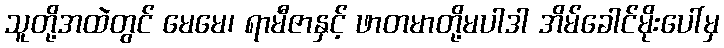
သူတို့အထဲတွင် မေမေ၊ ရာမီဇာနှင့် ဖာတမာတို့မပါဒါ အိမ်ခေါင်မိုးပေါ်မှ